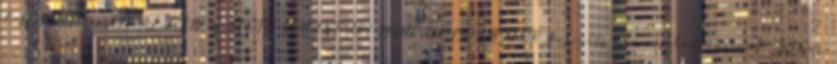
E-LEARNING ÁLTAL TÁMOGATOTT KÖNYVTÁRI MUNKAFOLYAMATOK Business Process Outsourcing Arthur